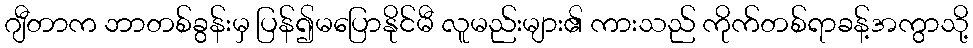
ဂျီတာက ဘာတစ်ခွန်းမှ ပြန်၍မပြောနိုင်မီ လူမည်းများ၏ ကားသည် ကိုက်တစ်ရာခန့်အကွာသို့